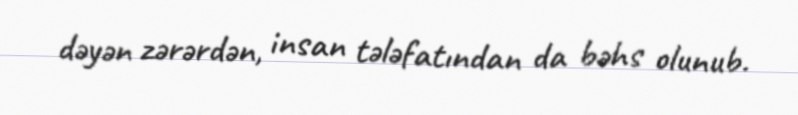
dəyən zərərdən, insan tələfatından da bəhs olunub.